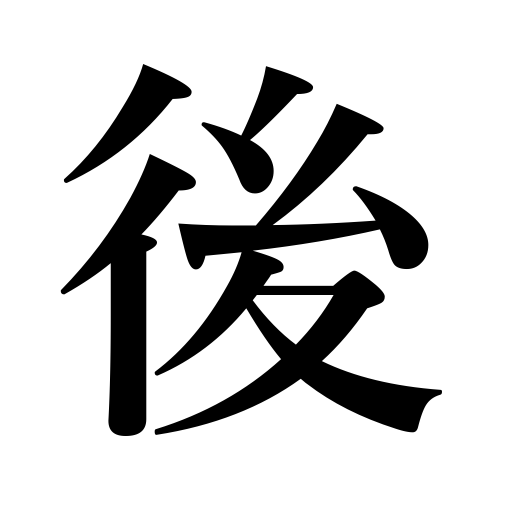
Meanings: survivor,future,be delayed,behind,be late,rear,remainder,influence,results,effect,after one's death,be overdue,clocks lose,lag behind,back,successor,sequel,estate,posterity,after,since then